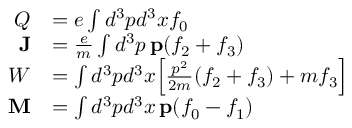
\begin{array} { r l } { Q } & { = e \int d ^ { 3 } p d ^ { 3 } x f _ { 0 } } \\ { \mathbf { J } } & { = \frac { e } { m } \int d ^ { 3 } p \, \mathbf { p } ( f _ { 2 } + f _ { 3 } ) } \\ { W } & { = \int d ^ { 3 } p d ^ { 3 } x \Big [ \frac { p ^ { 2 } } { 2 m } ( f _ { 2 } + f _ { 3 } ) + m f _ { 3 } \Big ] } \\ { \mathbf { M } } & { = \int d ^ { 3 } p d ^ { 3 } x \, \mathbf { p } ( f _ { 0 } - f _ { 1 } ) } \end{array}